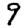
Digit: 9